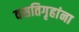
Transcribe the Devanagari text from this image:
वसतिगृहांना